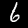
Digit: 6